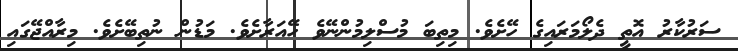
ސަރުކާރު އޮތީ ދެލޯމަރައިގެ ހޭށެވެ. މިތިބަ މުސްލިމުންނޭވެ ހޭއަރާށެވެ. މަޑުން ނުތިބޭށެވެ. މިރާއްޖޭގައި